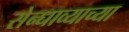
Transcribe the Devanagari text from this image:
सेन्धाव्याच्या